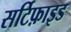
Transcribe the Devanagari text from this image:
सर्टिफ़ाइड